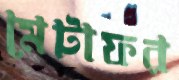
মেটাফর